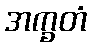
အက္ခတံ